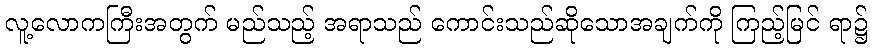
လူ့လောကကြီးအတွက် မည်သည့် အရာသည် ကောင်းသည်ဆိုသောအချက်ကို ကြည့်မြင် ရာ၌